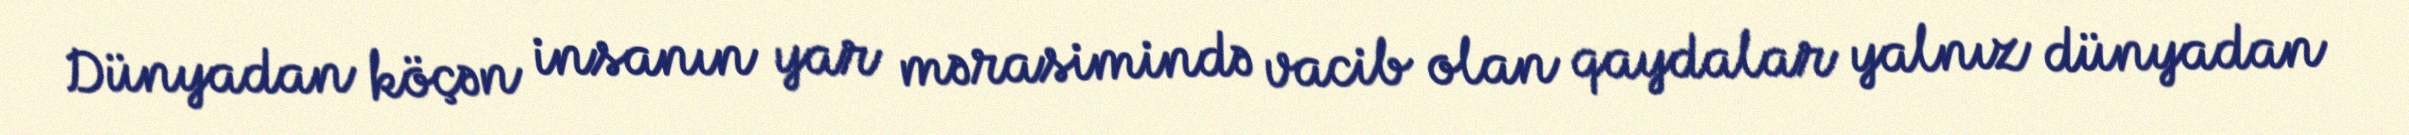
Dünyadan köçən insanın yar mərasimində vacib olan qaydalar yalnız dünyadan